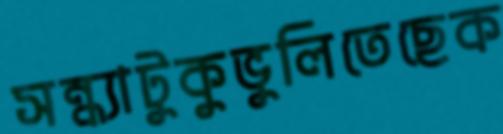
সন্ধ্যাটুকুভুলিতেছেক